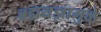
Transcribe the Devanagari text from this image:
ब्रह्मयज्ञामुळे